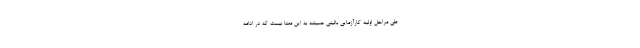
طی مراحل اولیه کارآزمایی بالینی همیشه به این معنا نیست که در ادامه